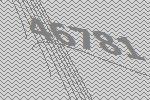
46781